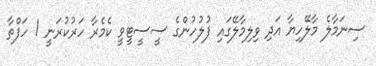
ސިނަމާލެ މާލޭހިޔާ އަދި ވިލިމާލޭގައި ފުލުހުންގެ ސީސީޓީވީ ކެމެރާ ހަރުކުރަނީ 1 ހަފްތާ